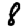
Digit: 8